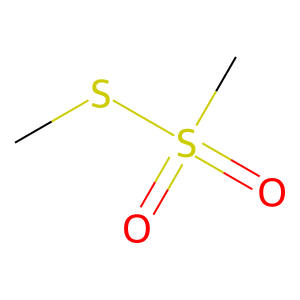
SMILES: CSS(C)(=O)=O
Inhibits HIV replication: No